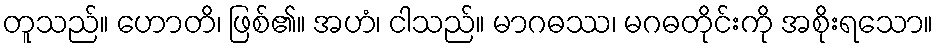
တူသည်။ ဟောတိ၊ ဖြစ်၏။ အဟံ၊ ငါသည်။ မာဂဓဿ၊ မဂဓတိုင်းကို အစိုးရသော။